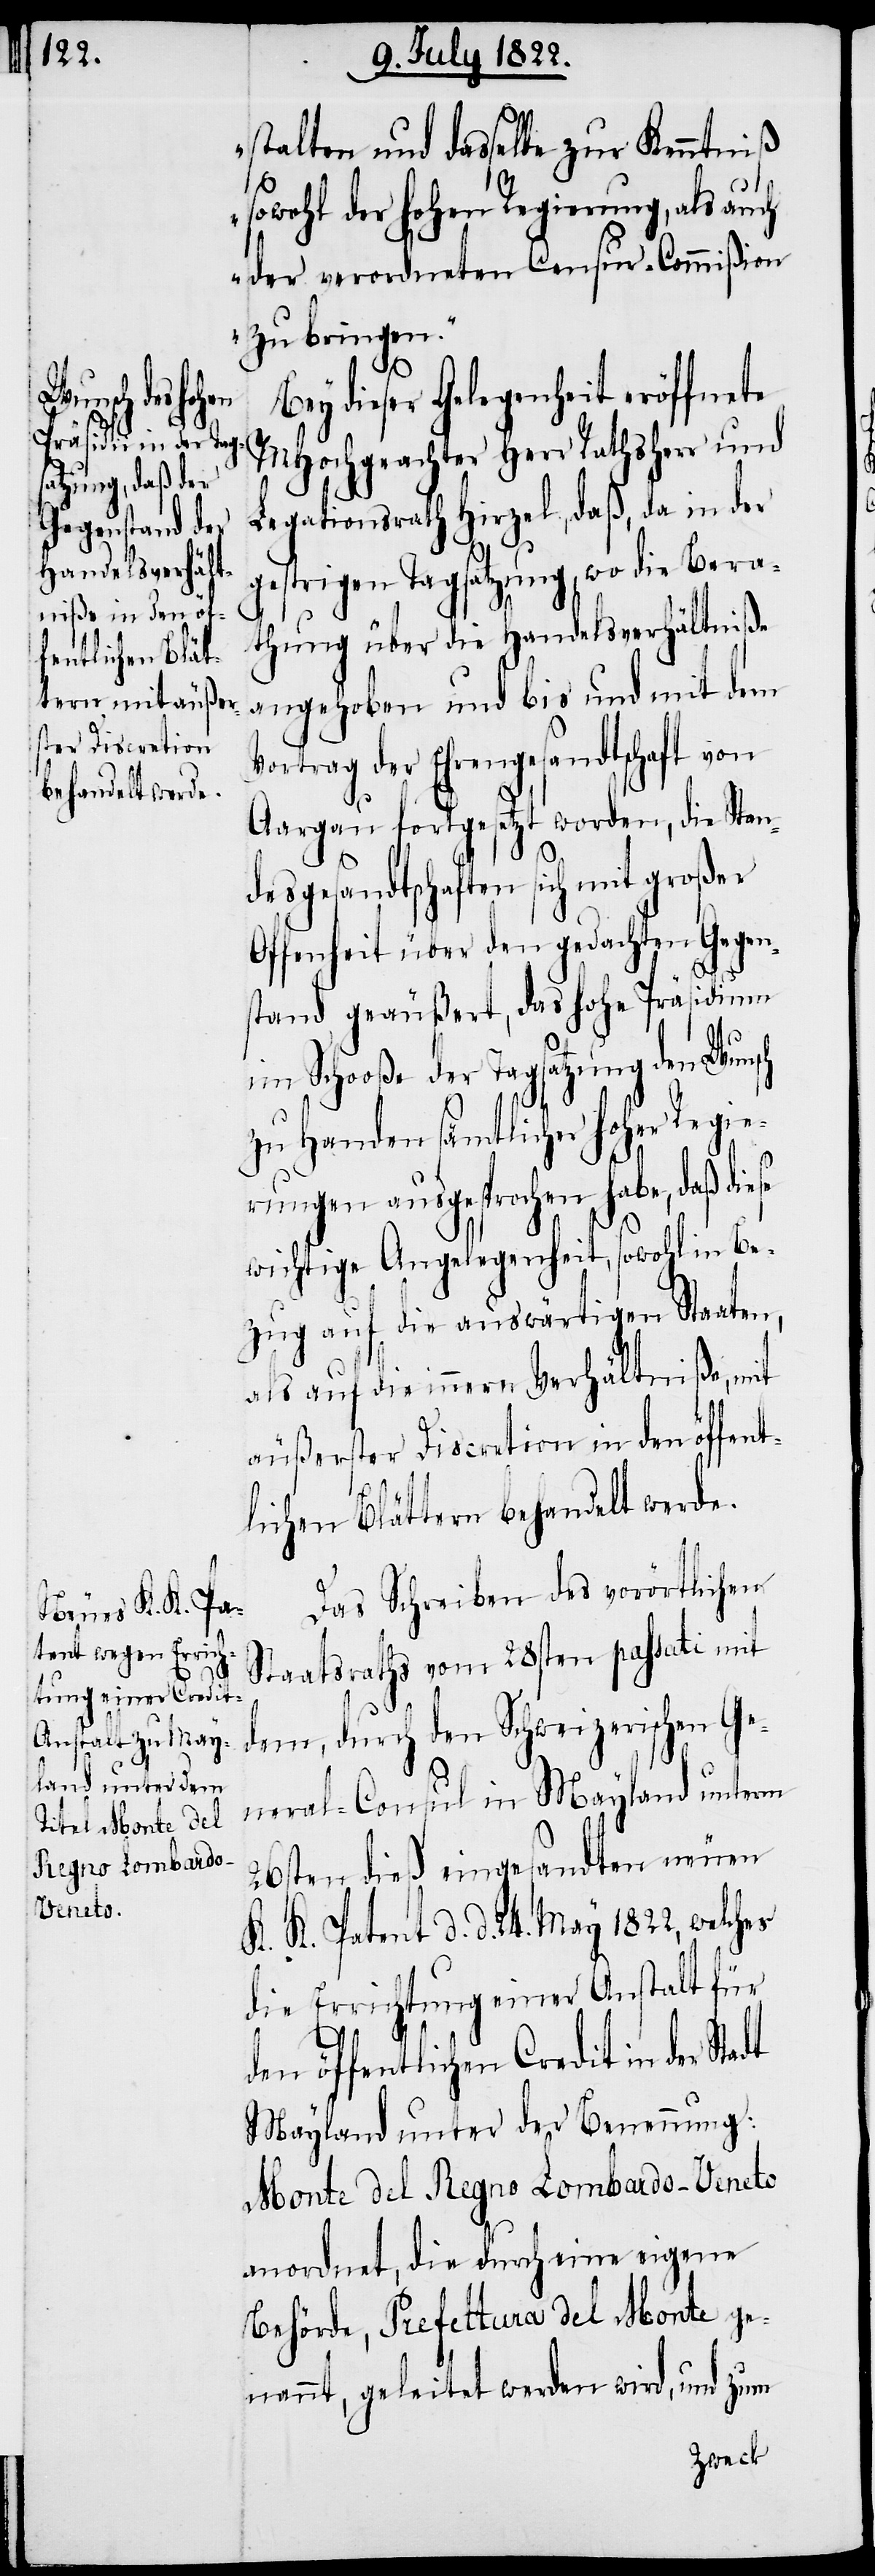
stalten und dasselbe zur Kenntniß
sowohl der hohen Regierung, als auch
der verordneten Censur-Commißion
zu bringen.“
Bey dieser Gelegenheit eröffnete
MHochgeachter Herr Rathsherr und
Legationsrath Hirzel, daß, da in der
gestrigen Tagsatzung, wo die Bera¬
thung über die Handelsverhältniße
angehoben und bis und mit dem
Vertrag der Ehrengesandtschaft von
Aargau fortgesetzt worden, die Stan¬
desgesandtschaften sich mit großer
Offenheit über den gedachten Gegen¬
stand geäußert, das hohe Präsidium
im Schooße der Tagsatzung der Wunsch
zu Handen sämtlicher hoher Regie¬
rungen ausgesprochen habe, daß
wichtige Angelegenheit, sowohl in Be¬
zug auf die auswärtigen Staaten,
als auf die innern Verhältniße, mit
äußerster Discretion in den öffent¬
lichen Blättern behandelt werde.
Das Schreiben des vorörtlichen
Staatsraths vom 28sten passati mit
dem, durch den Schweizerischen Ge¬
neral-Consul in Mayland unterm
26sten dieß eingesandten neuen
K. K. Patent d. d. 24. May 1822, welches
die Errichtung einer Anstalt für
den öffentlichen Credit in der Stadt
Mayland unter der Benennung:
Monte del Regno Lombardo-Veneto
anordnet, die durch eine eigene
Behörde, Prefettura del Monte ge¬
nannt, geleitet werden wird, und zum